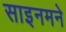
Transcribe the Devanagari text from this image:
साइनमने